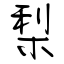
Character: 梨